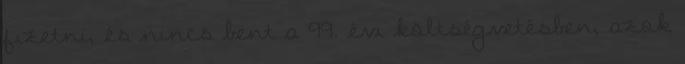
fizetni, és nincs bent a 99. évi költségvetésben, azok